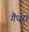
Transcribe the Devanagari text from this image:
गैधरा